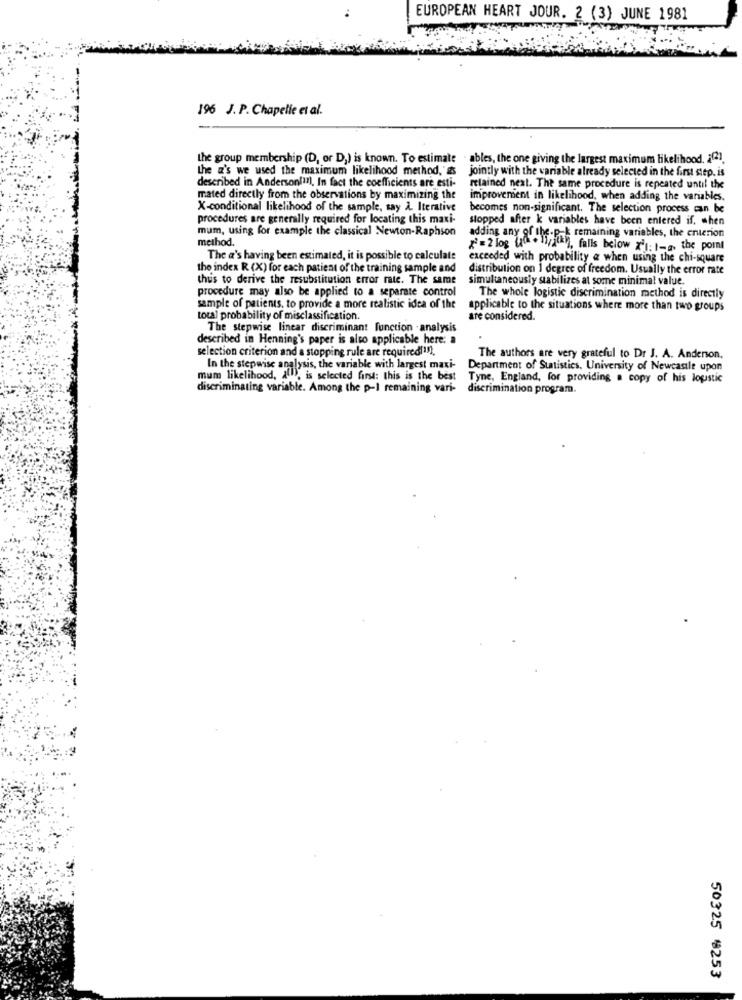
EUROPEAN HEART JOUR. 2 (3) JUNE 1981
196 J. P. Chapelle et al.
the group membership (D, or D,) is known. To estimate . ables, the one giving the largest maximum likelihood. 2(2).
the z's we used the maximum likelihood method, as jointly with the variable already selected in the first step. is
described in Anderson( !! ), In fact the coefficients are esti-
retained next. The same procedure is repeated until the
mated directly from the observations by maximizing the
improvement in likelihood, when adding the variables.
X-conditional likelihood of the sample, say A. Iterative
becomes non-significant. The selection process can be
procedures are generally required for locating this maxi-
stopped after & variables have been entered if, when
mum, using for example the classical Newton-Raphson
method.
adding any of the.p-k remaining variables, the enterion
=2 log lad . 1/atky), falls below xil: 1-a. the point
The a's having been estimated, it is possible to calculate
exceeded with probability & when using the chi-square
the index R (X) for each patient of the training sample and
distribution on 1 degree of freedom. Usually the error rate
thus to derive the resubstitution error rate. The same
simultaneously stabilizes at some minimal value.
procedure may also be applied to a separate control
The whole logistic discrimination method is directly
sample of patients, to provide a more realistic idea of the
applicable to the situations where more than two groups
total probability of misclassification.
are considered.
The stepwise linear discriminant function .analysis
described in Henning's paper is also applicable here: »
selection criterion and a stopping rule are required !!! ).
The authors are very grateful to Dr J. A. Anderson,
In the stepwise analysis, the variable with largest maxi-
Department of Statistics, University of Newcastle upon
mum likelihood, a(), is selected first: this is the best
Tyne, England, for providing a copy of his lopstic
discriminating variable. Among the p-I remaining vari-
discrimination program.
50325 8253